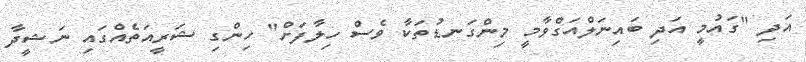
އަދި "ގައުމީ އަދި ބައިނަލްއަގްވާމީ މިންގަނޑުތަކާ ވެސް ހިލާފަށް" ހިންގި ޝަރީއަތެއްގައި ނަޝީދާ